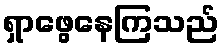
ရှာဖွေနေကြသည်